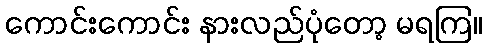
ကောင်းကောင်း နားလည်ပုံတော့ မရကြ။